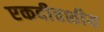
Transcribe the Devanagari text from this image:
एकदीवशीय